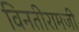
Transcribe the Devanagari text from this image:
विनतीरामजी